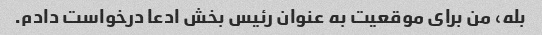
بله، من برای موقعیت به عنوان رئیس بخش ادعا درخواست دادم.